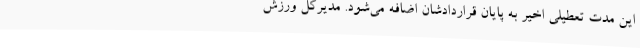
این مدت تعطیلی اخیر به پایان قراردادشان اضافه می‌شود. مدیرکل ورزش